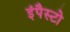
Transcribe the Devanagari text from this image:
इंपैस्टो